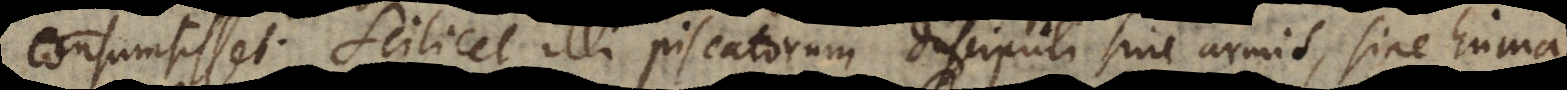
consumsisset. Scilicet illi piscatorum discipuli sine armis, sine huma